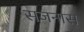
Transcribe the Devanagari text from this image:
सजनास